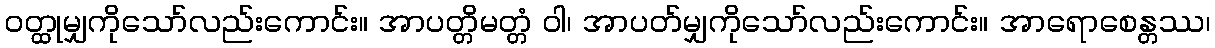
ဝတ္ထုမျှကိုသော်လည်းကောင်း။ အာပတ္တိမတ္တံ ဝါ၊ အာပတ်မျှကိုသော်လည်းကောင်း။ အာရောစေန္တဿ၊